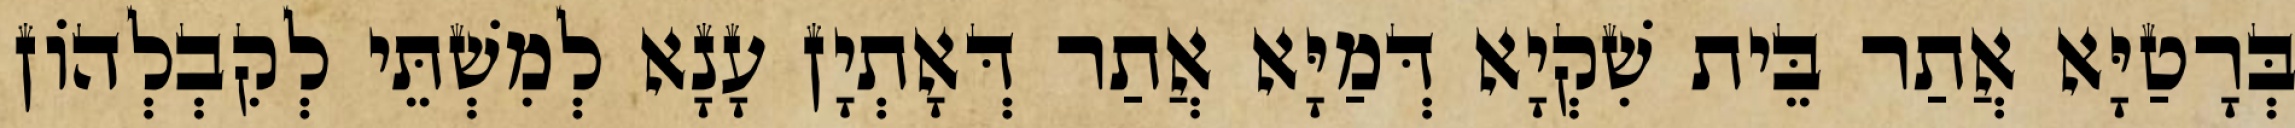
בְּרָטַיָּא אֲתַר בֵּית שִׁקְיָא דְּמַיָּא אֲתַר דְּאָתְיָן עָנָא לְמִשְׁתֵּי לְקִבְלְהוֹן